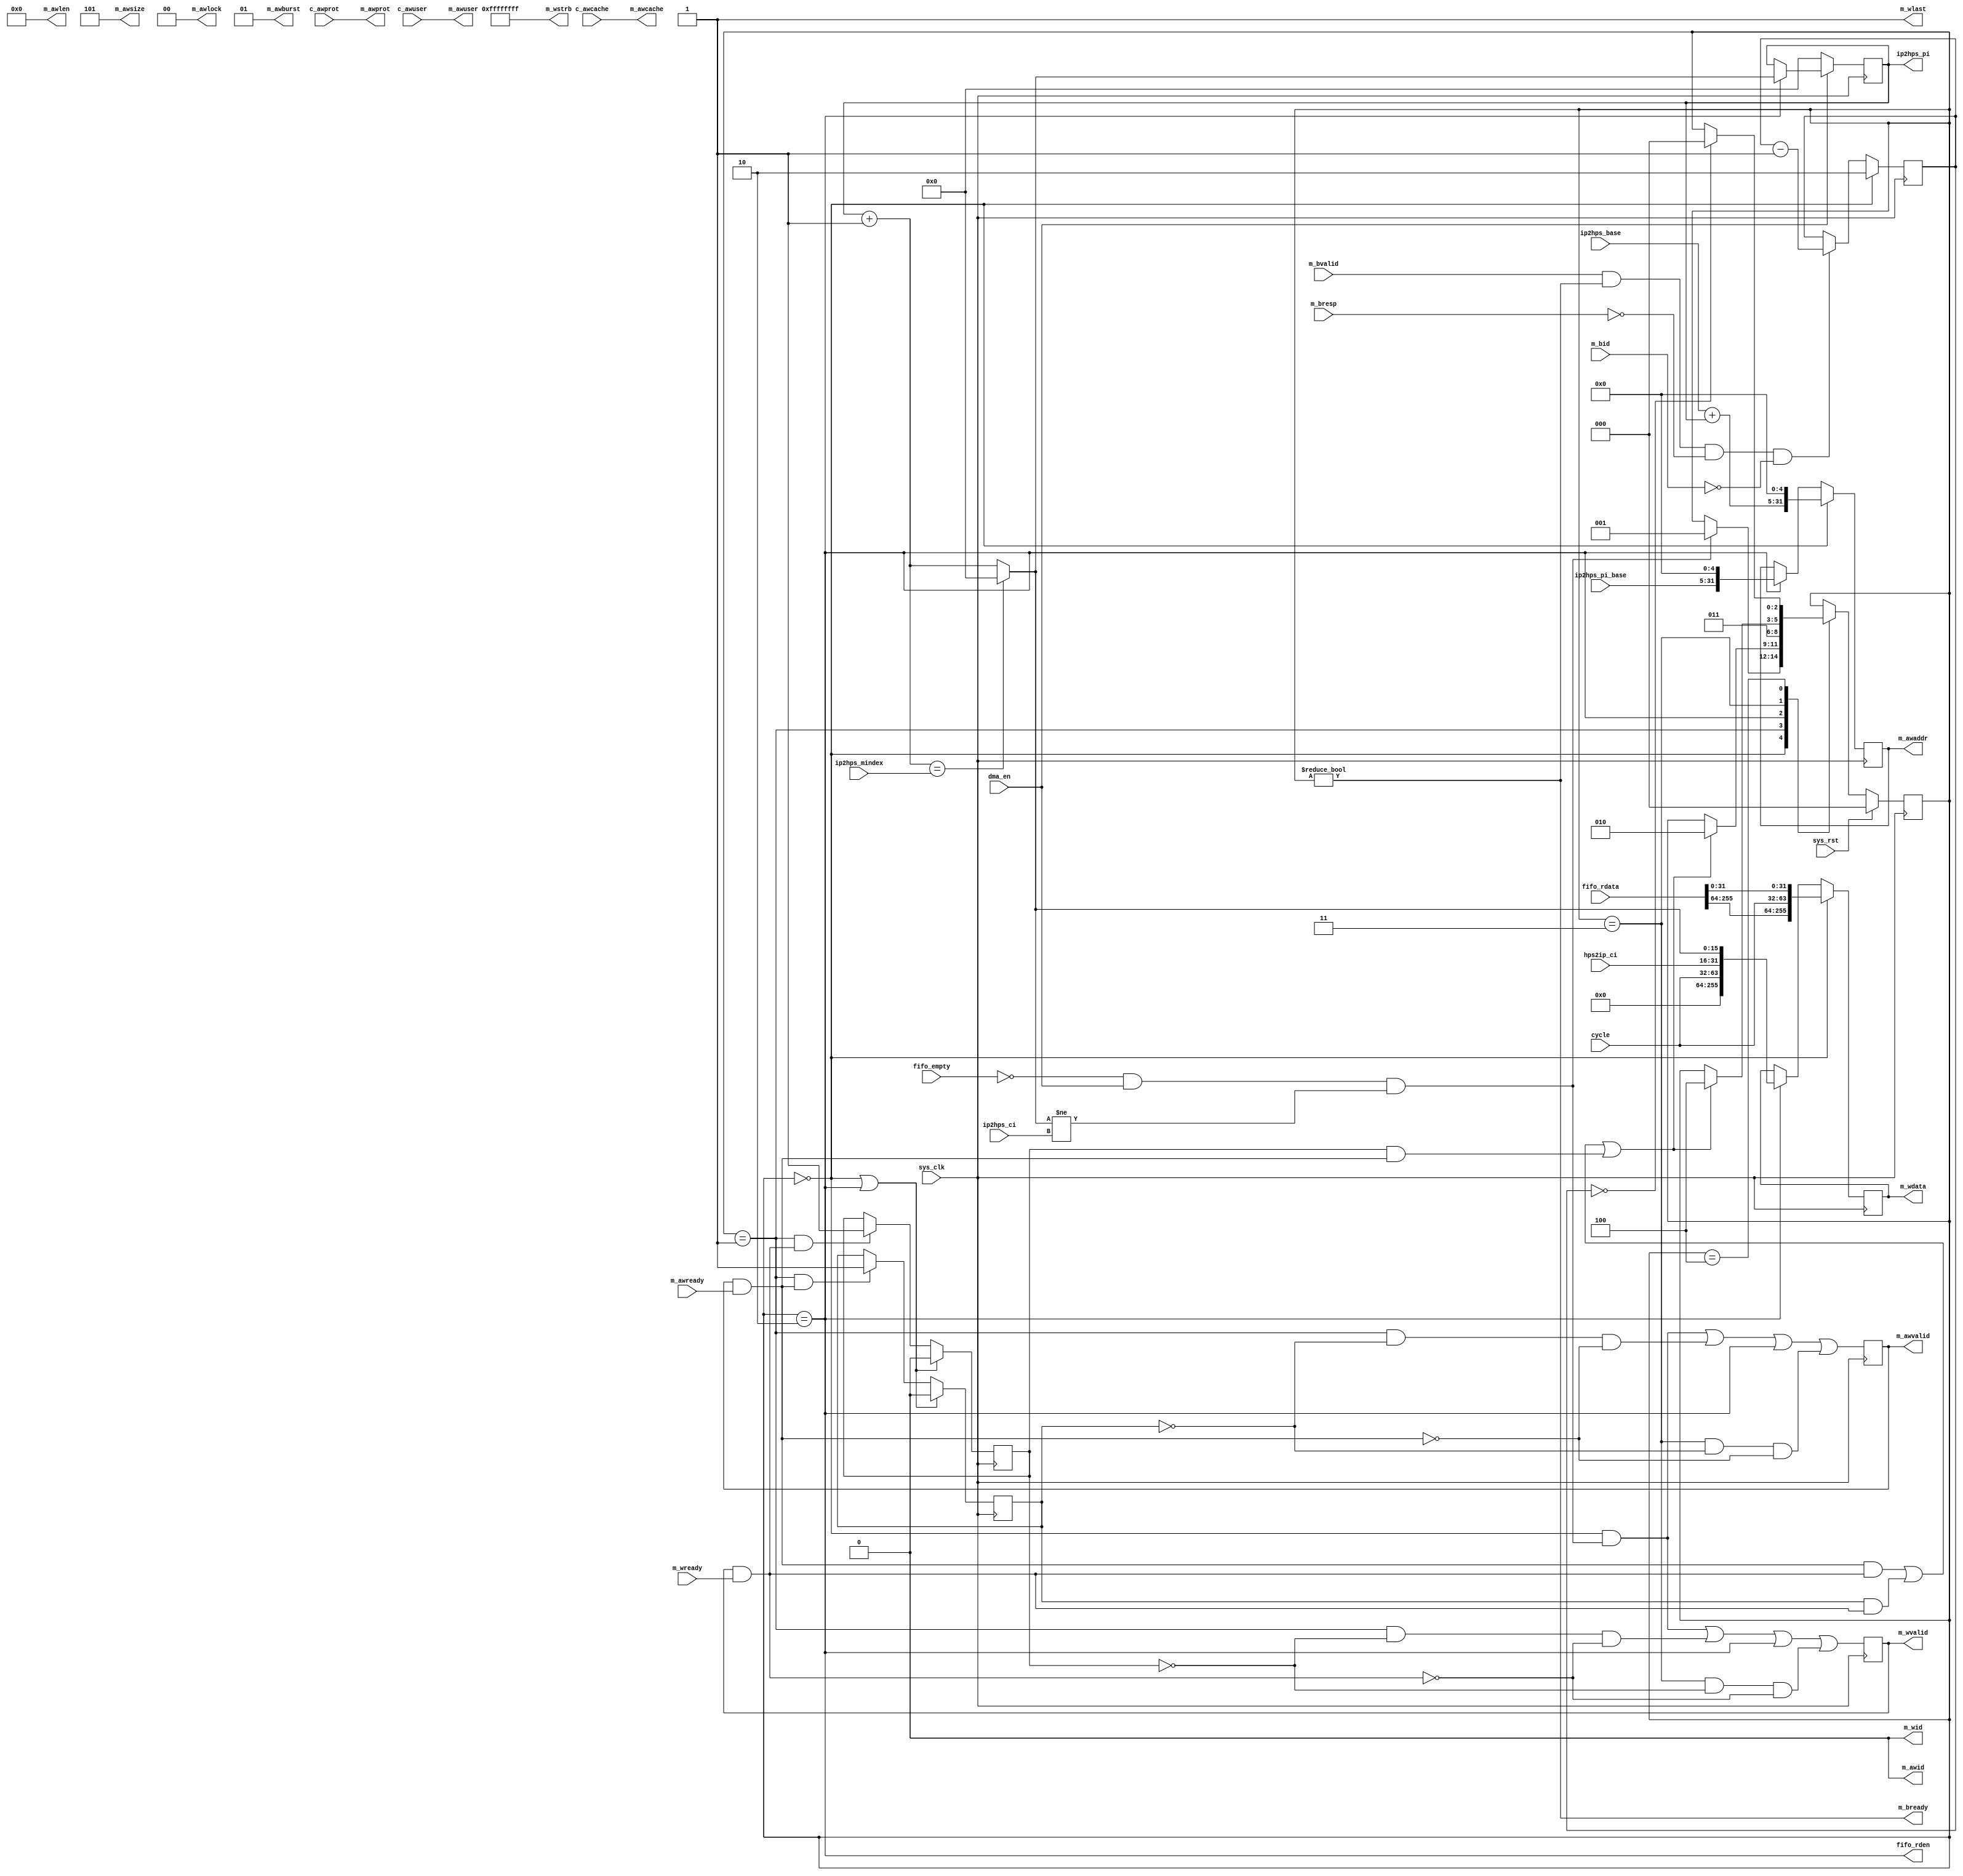
// ip2hps_dma.v --- 
// 
// Description: 
// Maintainer: 
// Version: 
// Last-Updated: 
//           By: 
//     Update #: 0
// URL: 
// Keywords: 
// Compatibility: 
// 
// 

// Commentary: 
// 
// 
// 
// 

// Change log:
// 
// 
// 

// -------------------------------------
// Naming Conventions:
// 	active low signals                 : "*_n"
// 	clock signals                      : "clk"; "clk_div#"; "clk_#x"
// 	reset signals                      : "rst"; "rst_n"
// 	generics                           : "C_*"
// 	user defined types                 : "*_TYPE"
// 	state machine next state           : "*_ns"
// 	state machine current state        : "*_cs"
// 	combinatorial signals              : "*_com"
// 	pipelined or register delay signals: "*_d#"
// 	counter signals                    : "*cnt*"
// 	clock enable signals               : "*_ce"
// 	internal version of output port    : "*_i"
// 	device pins                        : "*_pin"
// 	ports                              : - Names begin with Uppercase
// Code:
module ip2hps_dma (/*AUTOARG*/
   // Outputs
   ip2hps_pi, fifo_rden, m_awvalid, m_awlen, m_awsize, m_awburst,
   m_awlock, m_awcache, m_awprot, m_awuser, m_awaddr, m_awid,
   m_wvalid, m_wlast, m_wdata, m_wstrb, m_wid, m_bready,
   // Inputs
   c_awcache, c_awprot, c_awuser, ip2hps_base, ip2hps_pi_base,
   ip2hps_mindex, ip2hps_ci, sys_clk, sys_rst, fifo_rdata, fifo_empty,
   dma_en, cycle, hps2ip_ci, m_awready, m_wready, m_bvalid, m_bresp,
   m_bid
   );
   parameter ADDRESS_WIDTH = 32;
   parameter ID_WIDTH      = 1;
   parameter AXUSER_WIDTH  = 5;
   parameter DATA_WIDTH    = 256;
   input sys_clk;
   input sys_rst;

   input [255:0] fifo_rdata;
   input 	 fifo_empty;
   output 	 fifo_rden;

   /*AUTOINOUTCOMP("acp_avs", "ip2hps")*/
   // Beginning of automatic in/out/inouts (from specific module)
   output [15:0]	ip2hps_pi;
   input [31:5]		ip2hps_base;
   input [31:5]		ip2hps_pi_base;
   input [16:0]		ip2hps_mindex;
   input [15:0]		ip2hps_ci;
   // End of automatics

   /*AUTOINOUTCOMP("acp_avs", "c_aw")*/
   // Beginning of automatic in/out/inouts (from specific module)
   input [3:0]		c_awcache;
   input [2:0]		c_awprot;
   input [4:0]		c_awuser;
   // End of automatics

   input 		dma_en;
   input [31:0] 	cycle;
   input [15:0] 	hps2ip_ci;

   output 		m_awvalid;
   output [3:0] 	m_awlen;
   output [2:0] 	m_awsize;
   output [1:0] 	m_awburst;
   output [1:0] 	m_awlock ;
   output [3:0] 	m_awcache;
   output [2:0] 	m_awprot ;
   input 		m_awready;
   output [AXUSER_WIDTH-1:0] m_awuser;
   output [ADDRESS_WIDTH-1:0] m_awaddr;
   output [ID_WIDTH-1:0]      m_awid;

   output 		      m_wvalid;
   output 		      m_wlast;
   input 		      m_wready;
   output [DATA_WIDTH-1:0]    m_wdata;
   output [DATA_WIDTH/8-1:0]  m_wstrb;
   output [ID_WIDTH-1:0]      m_wid;

   input 		      m_bvalid;
   input [1:0] 		      m_bresp;
   output 		      m_bready;
   input [ID_WIDTH-1:0]       m_bid;

   /*AUTOREG*/
   // Beginning of automatic regs (for this module's undeclared outputs)
   reg [15:0]		ip2hps_pi;
   reg [ADDRESS_WIDTH-1:0] m_awaddr;
   reg			m_awvalid;
   reg [DATA_WIDTH-1:0]	m_wdata;
   reg			m_wvalid;
   // End of automatics

   localparam [2:0] // synopsys enum state_info
     S_IDLE    = 3'h0,
     S_MSG_REQ = 3'h1,
     S_PI_INCR = 3'h2,
     S_PI_REQ  = 3'h3,
     S_DONE    = 3'h4;
   reg [2:0] // synopsys enum state_info
	     state, state_ns;
   always @(posedge sys_clk)
     begin
	if (sys_rst)
	  begin
	     state <= S_IDLE;
	  end
	else
	  begin
	     state <= state_ns;
	  end
     end // always @ (posedge sys_clk)
   wire req_done;
   reg [15:0] next_pi;
   wire       req_accept;
   wire       req_ready;
   assign req_ready = ~fifo_empty && dma_en && next_pi != ip2hps_ci;
   always @(*)
     begin
	state_ns = state;
	case (state)
	  S_IDLE: if (req_ready)
	    begin
	       state_ns = S_MSG_REQ;
	    end
	  S_MSG_REQ: if (req_accept)
	    begin
	       state_ns = S_PI_INCR;
	    end
	  S_PI_INCR:
	    begin
	       state_ns = S_PI_REQ;
	    end
	  S_PI_REQ: if (req_accept)
	    begin
	       state_ns = S_DONE;
	    end
	  S_DONE: if (req_done)
	    begin
	       state_ns = S_IDLE;
	    end
	endcase
     end // always @ (*)
   assign fifo_rden = state == S_PI_INCR;

   always @(*)
   begin
      next_pi = ip2hps_pi + 1;
      if (next_pi == ip2hps_mindex)
	next_pi = 0;
   end
   always @(posedge sys_clk)
     begin
	if (~dma_en)
	  begin
	     ip2hps_pi <= 0;
	  end
	else if (state == S_PI_INCR)
	  begin
	     ip2hps_pi <= next_pi;
	  end
     end // always @ (posedge sys_clk)

   assign m_awlen   = 4'h0;	// 1 burst
   assign m_awsize  = 4'h5;	// 32byte in transfer
   assign m_awburst = 2'h1;	// INCR
   assign m_awlock  = 1'b0;	// no lock
   assign m_awcache = c_awcache;
   assign m_awprot  = c_awprot;
   assign m_awuser  = c_awuser;
   assign m_awid    = 0;
   assign m_wid     = 0;
   assign m_wstrb   = 32'hffff_ffff;
   assign m_wlast   = 1'b1;
   assign m_bready  = state != S_IDLE;

   always @(posedge sys_clk)
     begin
	if (state == S_IDLE)
	  begin
	     m_awaddr <= {ip2hps_base + ip2hps_pi, 5'h0};
	     m_wdata  <= {fifo_rdata[255:64], cycle, fifo_rdata[31:0]};
	  end
	else if (state == S_PI_INCR)
	  begin
	     m_awaddr <= {ip2hps_pi_base, 5'h0};
	     m_wdata  <= {cycle, hps2ip_ci, next_pi};
	  end
     end // always @ (posedge sys_clk)
   reg addr_done;
   reg data_done;
   wire m_addr_done;
   wire m_data_done;
   assign m_addr_done = m_awvalid && m_awready;
   assign m_data_done = m_wvalid && m_wready;
   assign req_accept  = (m_addr_done && m_data_done) |
			(addr_done && m_data_done) |
			(data_done && m_addr_done);
   always @(posedge sys_clk)
     begin
	if (state == S_IDLE || state == S_PI_INCR)
	  begin
	     addr_done <= 1'b0;
	  end
	else if (state == S_MSG_REQ && m_addr_done)
	  begin
	     addr_done <= 1'b1;
	  end
     end // always @ (posedge sys_clk)
   always @(posedge sys_clk)
     begin
	if (state == S_IDLE || state == S_PI_INCR)
	  begin
	     data_done <= 1'b0;
	  end
	else if (state == S_MSG_REQ && m_data_done)
	  begin
	     data_done <= 1'b1;
	  end
     end // always @ (posedge sys_clk)
   always @(posedge sys_clk)
     begin
	m_awvalid <= (state == S_IDLE && req_ready) |
		     (state == S_MSG_REQ && ~addr_done && ~m_addr_done) |
		     (state == S_PI_INCR) |
		     (state == S_PI_REQ && ~addr_done && ~m_addr_done);
	m_wvalid  <= (state == S_IDLE && req_ready) |
		     (state == S_MSG_REQ && ~data_done && ~m_data_done) |
		     (state == S_PI_INCR) |
		     (state == S_PI_REQ && ~data_done && ~m_data_done);
     end // always @ (posedge sys_clk)

   reg [1:0] req_cnt;
   always @(posedge sys_clk)
     begin
	if (state == S_IDLE)
	  begin
	     req_cnt <= 2'h2;
	  end
	else if (m_bvalid && m_bready && m_bresp == 2'b00 && m_bid == 0)
	  begin
	     req_cnt <= req_cnt - 1;
	  end
     end // always @ (posedge sys_clk)
   assign req_done = req_cnt == 0;
   /************************************************************************/
   /*AUTOASCIIENUM("state", "state_ascii", "S_")*/
   // Beginning of automatic ASCII enum decoding
   reg [55:0]		state_ascii;		// Decode of state
   always @(state) begin
      case ({state})
	S_IDLE:    state_ascii = "idle   ";
	S_MSG_REQ: state_ascii = "msg_req";
	S_PI_INCR: state_ascii = "pi_incr";
	S_PI_REQ:  state_ascii = "pi_req ";
	S_DONE:    state_ascii = "done   ";
	default:   state_ascii = "%Error ";
      endcase
   end
   // End of automatics
endmodule
//
// ip2hps_dma.v ends here